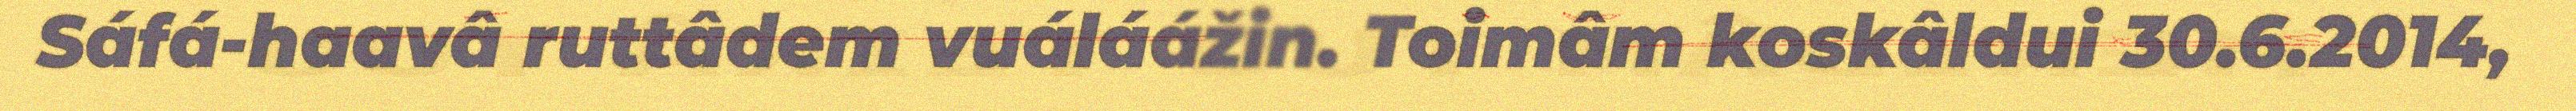
Sáfá-haavâ ruttâdem vuáláážin. Toimâm koskâldui 30.6.2014,